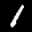
Label: 1